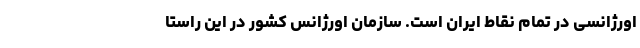
اورژانسی در تمام نقاط ایران است. سازمان اورژانس کشور در این راستا